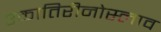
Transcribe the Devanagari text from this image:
एकातिरीनोस्लाव